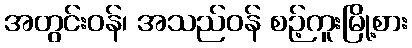
အတွင်းဝန်၊ အသည်ဝန် စဉ့်ကူးမြို့စား